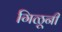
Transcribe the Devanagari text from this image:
गिळूनी